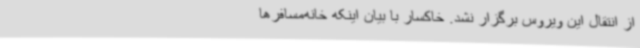
از انتقال این ویروس برگزار نشد. خاکسار با بیان اینکه خانه‌مسافرها